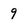
Character: 9